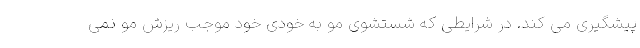
پیشگیری می کند. در شرایطی که شستشوی مو به خودی خود موجب ریزش مو نمی